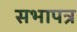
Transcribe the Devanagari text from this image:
सभापत्र